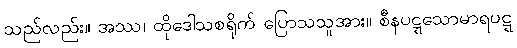
သည်လည်း။ အဿ၊ ထိုဒေါသစရိုက် ပြောသသူအား။ စီနပဋ္ဋသောမာရပဋ္ဋ